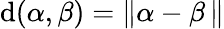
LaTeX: \mathrm{d}(\alpha,\beta)=\| \alpha-\beta\, \|